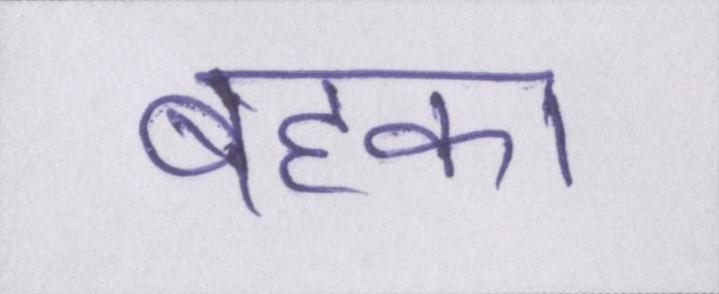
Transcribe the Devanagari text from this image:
बहका